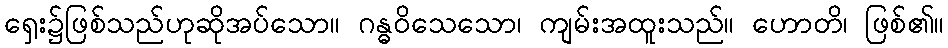
ရှေး၌ဖြစ်သည်ဟုဆိုအပ်သော။ ဂန္ဓဝိသေသော၊ ကျမ်းအထူးသည်။ ဟောတိ၊ ဖြစ်၏။